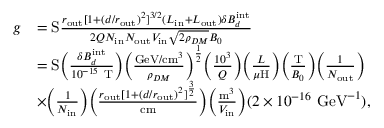
\begin{array} { r l } { g } & { = \mathrm { S } \frac { r _ { \mathrm { o u t } } [ 1 + ( d / r _ { \mathrm { o u t } } ) ^ { 2 } ] ^ { 3 / 2 } ( L _ { \mathrm { i n } } + L _ { \mathrm { o u t } } ) \delta B _ { d } ^ { \mathrm { i n t } } } { 2 Q N _ { \mathrm { i n } } N _ { \mathrm { o u t } } V _ { \mathrm { i n } } \sqrt { 2 \rho _ { D M } } B _ { 0 } } } \\ & { = \mathrm { S } \Big ( \frac { \delta B _ { d } ^ { \mathrm { i n t } } } { 1 0 ^ { - 1 5 } ~ \mathrm { T } } \Big ) \Big ( \frac { \mathrm { G e V / c m } ^ { 3 } } { \rho _ { D M } } \Big ) ^ { \frac { 1 } { 2 } } \Big ( \frac { 1 0 ^ { 3 } } { Q } \Big ) \Big ( \frac { L } { \mu \mathrm { H } } \Big ) \Big ( \frac { \mathrm { T } } { B _ { 0 } } \Big ) \Big ( \frac { 1 } { N _ { \mathrm { o u t } } } \Big ) } \\ & { \times \Big ( \frac { 1 } { N _ { \mathrm { i n } } } \Big ) \Big ( \frac { r _ { \mathrm { o u t } } [ 1 + ( d / r _ { \mathrm { o u t } } ) ^ { 2 } ] ^ { \frac { 3 } { 2 } } } { \mathrm { c m } } \Big ) \Big ( \frac { \mathrm { m } ^ { 3 } } { V _ { \mathrm { i n } } } \Big ) ( 2 \times 1 0 ^ { - 1 6 } ~ \mathrm { G e V } ^ { - 1 } ) , } \end{array}